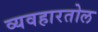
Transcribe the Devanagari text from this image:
व्यवहारतोल